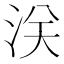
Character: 浂